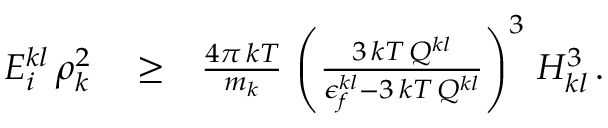
\begin{array} { r l r } { E _ { i } ^ { k l } \, \rho _ { k } ^ { 2 } } & { { } \ge } & { \frac { 4 \pi \, k T } { m _ { k } } \, \left( \frac { 3 \, k T \, Q ^ { k l } } { \epsilon _ { f } ^ { k l } - 3 \, k T \, Q ^ { k l } } \right) ^ { 3 } \, H _ { k l } ^ { 3 } \, . } \end{array}